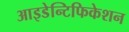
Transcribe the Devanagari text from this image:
आइडेन्टिफिकेशन